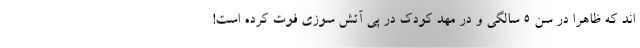
اند که ظاهرا در سن 5 سالگی و در مهد کودک در پی آتش سوزی فوت کرده است!